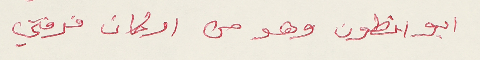
ابو انطون وهو من اركان فرقتي